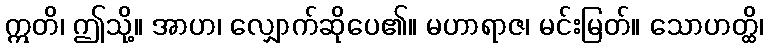
ဣတိ၊ ဤသို့။ အာဟ၊ လျှောက်ဆိုပေ၏။ မဟာရာဇ၊ မင်းမြတ်။ သောဟတ္ထိ၊